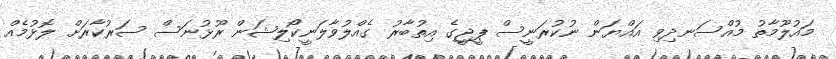
މައުލޫމާތު މުއްސަނދިވި އައްޔަން ނުކުރަނީސް ޕީޖީގެ އިތުބާރު ގެއްލުވާލަނީކޯލިޝަން ރޫޅުނަސް ސަރުކާރަށް ލޮޅުމެއް